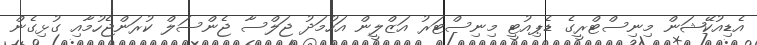
އެޑިއުކޭޝަން މިނިސްޓްރީގެ ޑެޕިއުޓީ މިނިސްޓަރު އަޒްލީން އަހުމަދު ޖަލްސާ ޖެންސަލް ކުރަންޖެހުމާއި ގުޅިގެން